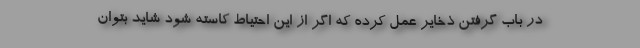
در باب گرفتن ذخایر عمل کرده که اگر از این احتیاط کاسته شود شاید بتوان